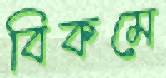
বিকমে